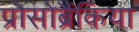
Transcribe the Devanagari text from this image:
प्रोसोब्रैंकिया